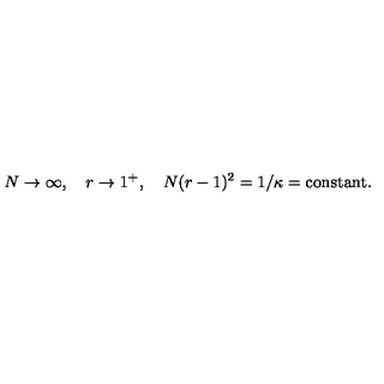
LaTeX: N \rightarrow \infty , \quad r \rightarrow 1 ^ { + } , \quad N ( r - 1 ) ^ { 2 } = 1 / \kappa = \mathrm { c o n s t a n t } .